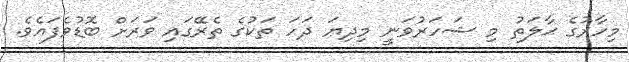
މިހާރުގެ ޙާލަތު މި ޝަހަރުވަނީ މިދިޔަ ދަހަ ތަކުގެ ތެރޭގައި ވަރަށް ބޮޑުވެފައެވެ.